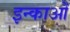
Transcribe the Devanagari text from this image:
इन्काओं